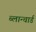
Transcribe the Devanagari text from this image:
ब्लान्चार्ड